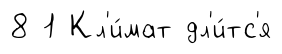
8 1 Кл'и́мат дл'и́тс'я